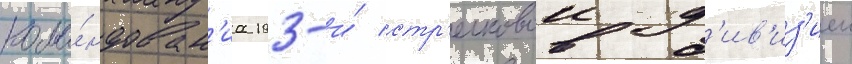
кома́ндован'иа 193-и́ стр'елковои д'ив'из'иеи